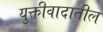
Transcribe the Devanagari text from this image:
युक्तीवादातील